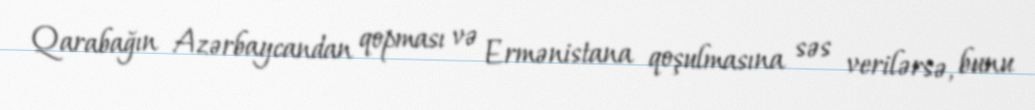
Qarabağın Azərbaycandan qopması və Ermənistana qoşulmasına səs verilərsə, bunu